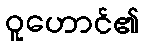
ဝူဟောင်၏